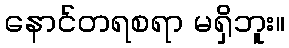
နောင်တရစရာ မရှိဘူး။